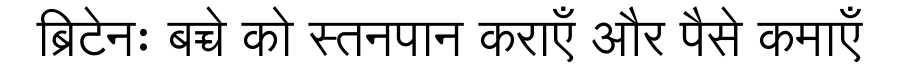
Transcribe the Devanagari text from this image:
ब्रिटेनः बच्चे को स्तनपान कराएँ और पैसे कमाएँ